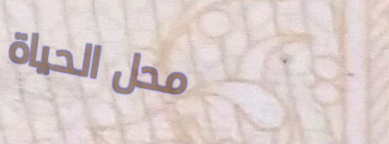
محل الحياة